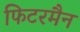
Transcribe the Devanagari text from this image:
फिटरमैन